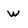
Character: w